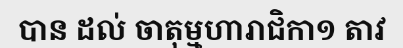
បាន ដល់ ចាតុម្មហារាជិកា១ តាវ